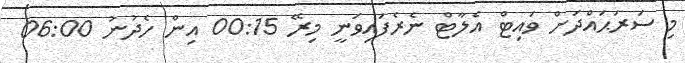
މި ސަރަޙައްދަށް ވައިޓް އެލާޓް ނެރެފައިވަނީ މިރޭ 00:15 އިން ހެދުނު 06:00